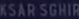
Sghir